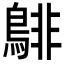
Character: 𪁹